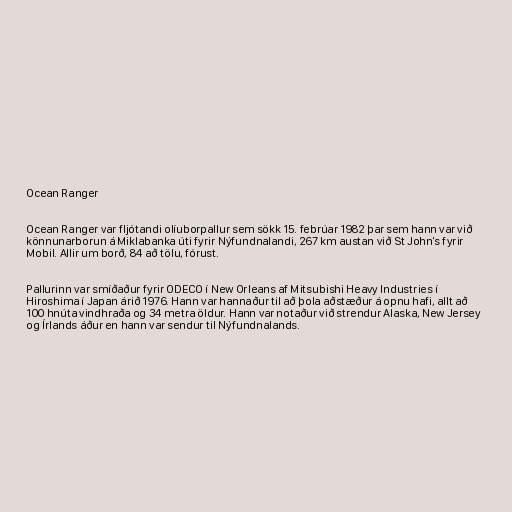
Ocean Ranger

Ocean Ranger var fljótandi olíuborpallur sem sökk 15. febrúar 1982 þar sem hann var við
könnunarborun á Miklabanka úti fyrir Nýfundnalandi, 267 km austan við St John's fyrir
Mobil. Allir um borð, 84 að tölu, fórust.

Pallurinn var smíðaður fyrir ODECO í New Orleans af Mitsubishi Heavy Industries í
Hiroshima í Japan árið 1976. Hann var hannaður til að þola aðstæður á opnu hafi, allt að
100 hnúta vindhraða og 34 metra öldur. Hann var notaður við strendur Alaska, New Jersey
og Írlands áður en hann var sendur til Nýfundnalands.